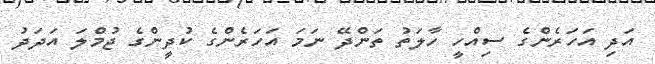
އަދި އަހަރެންގެ ސިއްހީ ހާލަތު ތަންދޭ ނަމަ އަހަރެންގެ ކުދީންގެ ޖުމްލަ އަދަދު